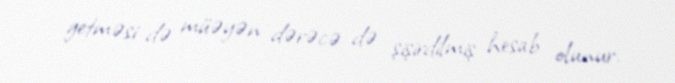
getməsi də müəyən dərəcə də şişirdilmiş hesab olunur.